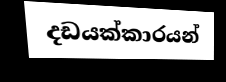
දඩයක්කාරයන්